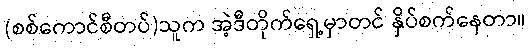
(စစ်ကောင်စီတပ်)သူက အဲ့ဒီတိုက်ရှေ့မှာတင် နှိပ်စက်နေတာ။